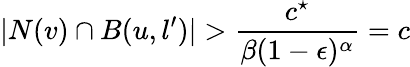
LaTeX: |N(v)\cap B(u,l^{\prime})|>\frac{c^{\star}}{\beta(1-\epsilon)^{\alpha}}=c